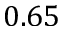
0 . 6 5